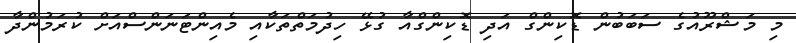
މި މަޝްރޫއުގެ ސަބަބުން ޑޮކިންގް އަދި ޑޮކިންގްއާ ގުޅޭ ހިދުމަތްތަކާއި މެއިންޓަނަންސްއަށް ކުރަމުންދާ